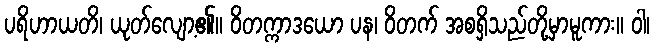
ပရိဟာယတိ၊ ယုတ်လျော့၏။ ဝိတက္ကာဒယော ပန၊ ဝိတက် အစရှိသည်တို့မှာမူကား။ ဝါ၊